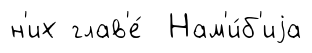
н'их глав'е́ Нам'и́б'иjа